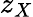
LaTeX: z_{X}